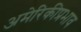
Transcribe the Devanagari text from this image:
अमेरिकीप्रभाव